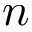
n